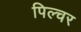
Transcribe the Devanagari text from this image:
पिल्चर